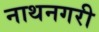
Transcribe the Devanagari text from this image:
नाथनगरी